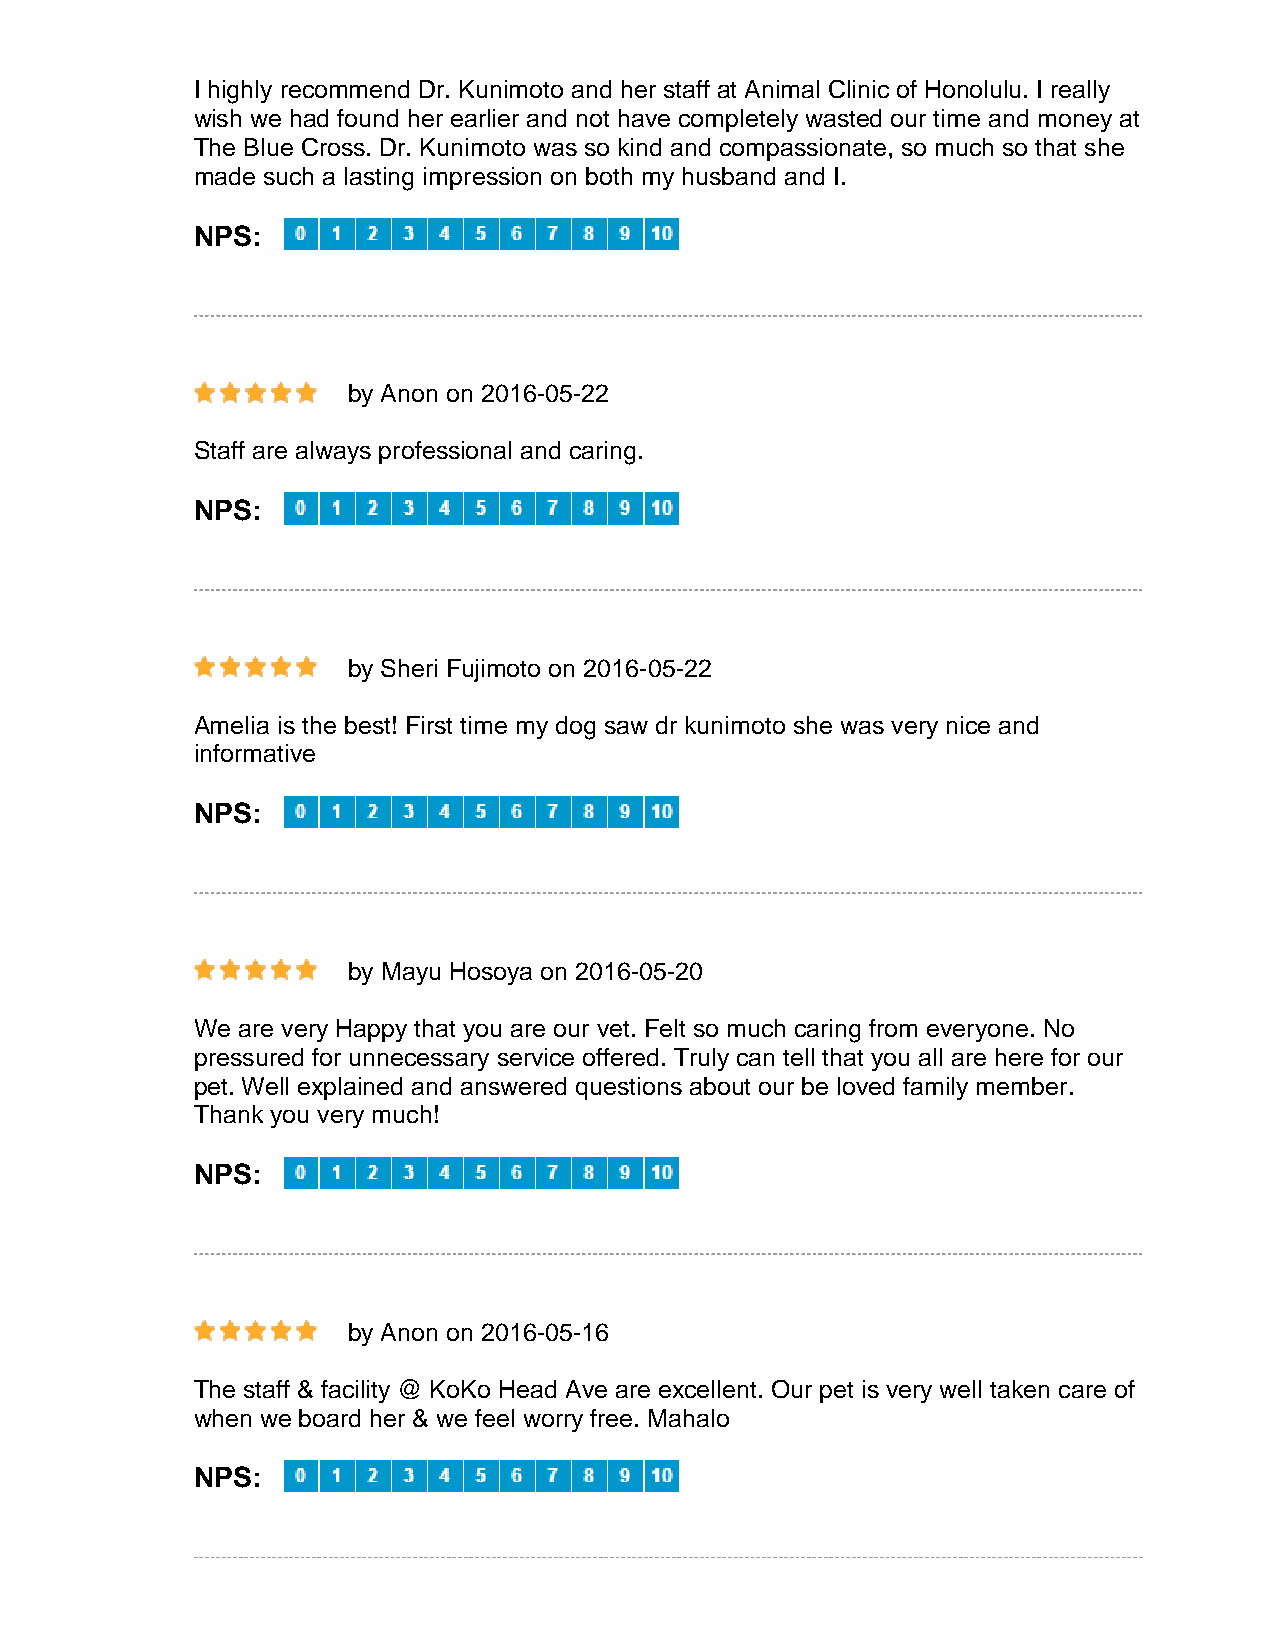
I highly recommend Dr. Kunimoto and her staff at Animal Clinic of Honolulu. I really
 wish we had found her earlier and not have completely wasted our time and money at
 The Blue Cross. Dr. Kunimoto was so kind and compassionate, so much so that she
 made such a lasting impression on both my husband and I.
 NPS:
 by Anon on 2016-05-22
 Staff are always professional and caring.
 NPS:
 by Sheri Fujimoto on 2016-05-22
 Amelia is the best! First time my dog saw dr kunimoto she was very nice and
 informative
 NPS:
 by Mayu Hosoya on 2016-05-20
 We are very Happy that you are our vet. Felt so much caring from everyone. No
 pressured for unnecessary service offered. Truly can tell that you all are here for our
 pet. Well explained and answered questions about our be loved family member.
 Thank you very much!
 NPS:
 by Anon on 2016-05-16
 The staff & facility @ KoKo Head Ave are excellent. Our pet is very well taken care of
 when we board her & we feel worry free. Mahalo
 NPS: